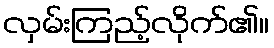
လှမ်းကြည့်လိုက်၏။